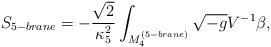
LaTeX: \begin{align*}S_{5-brane}=-\frac{\sqrt{2}}{\kappa_{5}^{2}}\int_{M_{4}^{(5-brane)}}{\sqrt{-g}V^{-1}\beta},\end{align*}